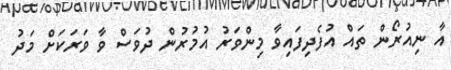
އާ ނިއުރޯން ތައް އުފެދިފައިވާ މިންވަރު އުމުރުން ދުވަސް ވާ ވަރަކަށް މަދު